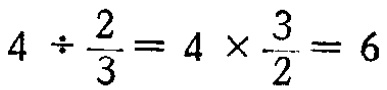
\(4 \div \frac{2}{3}=4 \times \frac{3}{2}=6\)